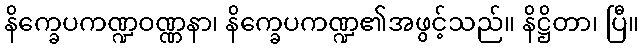
နိက္ခေပကဏ္ဍဝဏ္ဏနာ၊ နိက္ခေပကဏ္ဍ၏အဖွင့်သည်။ နိဋ္ဌိတာ၊ ပြီ။